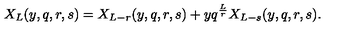
X _ { L } ( y , q , r , s ) = X _ { L - r } ( y , q , r , s ) + y q ^ { \frac { L } { r } } X _ { L - s } ( y , q , r , s ) .